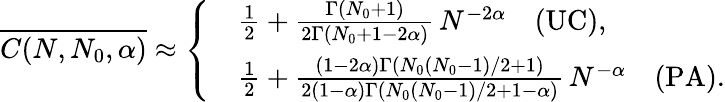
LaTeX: \overline{{C(N,N_{0},\alpha)}}\approx\left\{ \begin{array}{rl}&{\frac{1}{2}+\frac{\Gamma(N_{0}+1)}{2\Gamma(N_{0}+1-2\alpha)}\, N^{-2\alpha}\quad\mathrm{(UC)},}\\ &{\frac{1}{2}+\frac{(1-2\alpha)\Gamma(N_{0}(N_{0}-1)/2+1)}{2(1-\alpha)\Gamma(N_{0}(N_{0}-1)/2+1-\alpha)}\, N^{-\alpha}\quad\mathrm{(PA)}.}\end{array}\right.